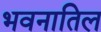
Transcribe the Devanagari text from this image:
भवनातिल